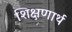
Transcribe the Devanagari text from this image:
शिक्षणार्थ